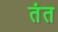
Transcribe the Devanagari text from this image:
तंत